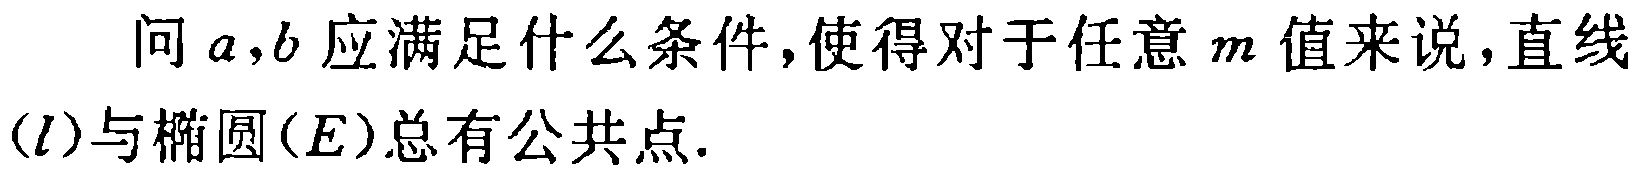
问\(a,b\)应满足什么条件，使得对于任意\(m\)值来说，直线\((l)\)与椭圆\((E)\)总有公共点.